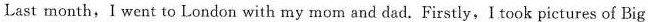
Last month,I went to London with my mom and dad. Firstly,I took pictures of Big